Statistics compiled by the Government of India from the reports of provincial Civil Veterinary Departments
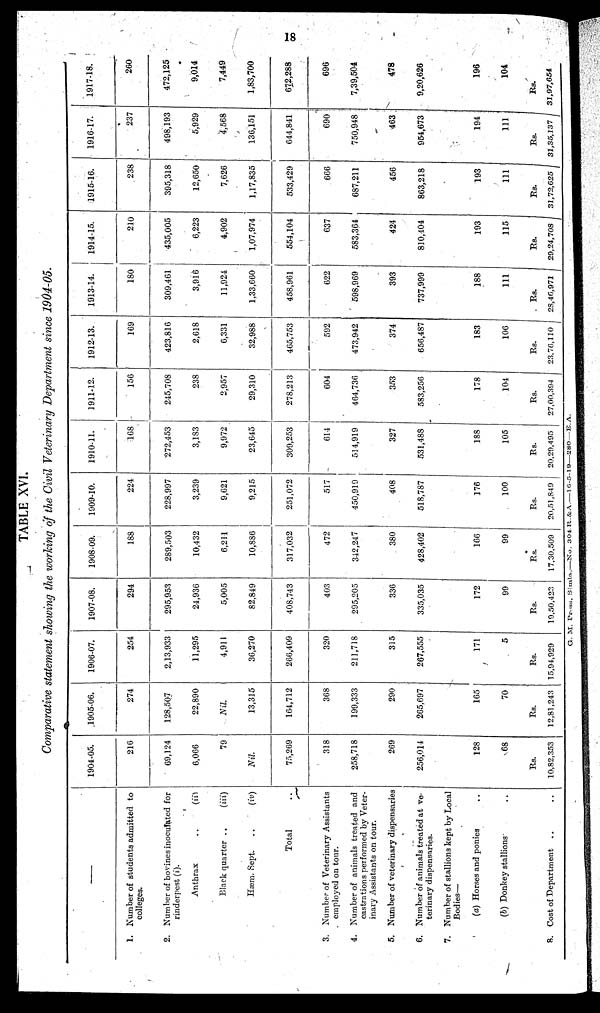
18
TABLE XVI.
Comparative statement showing the working of the Civil Veterinary Department since 1904-05.
1.
2.
3.
4.
5.
6.
7.
8.
Number of students admitted to
colleges.
Number of bovines inoculated for
rinderpest (i).
Anthrax
. .
(ii)
Black quarter ..
(iii)
Hæm. Sept.
..
(iv)
Total
Number of Veterinary Assistants
employed on tour.
Number of animals treated and
castrations performed by Veter-
inary Assistants on tour.
Number of veterinary dispensaries
Number of animals treated at ve-
terinary dispensaries.
Number of stallions kept by Local
Bodies—
(a) Horses and ponies ..
(b) Donkey stallions ..
Cost of Department .. ..
1904-05.
216
69,124
6,066
79
Nil
75,269
318
258,718
269
256,014
128
68
Rs.
10,82,353
1905-06.
274
128,507
22,890
Nil.
13,315
164,712
368
199,333
290
265,697
165
70
Rs.
12,81,243
1906-07.
254
2,13,933
11,295
4,911
36,270
266,409
320
211,718
315
267,555
171
5
Rs.
15,94,929
1907-08.
294
295,953
24,936
5,005
82,849
408,743
403
295,205
336
335,035
172
99
Rs.
19,50,422
1908-09.
188
289,503
10,432
6,211
10,886
317,032
472
342,247
380
428,402
166
99
Rs.
17,30,509
1909-10.
224
228,997
3,239
9,621
9,215
251,072
517
450,919
408
518,787
176
100
Rs.
20,51,849
1910-11.
168
272,453
3,183
9,972
23,645
309,253
614
514,919
327
531,488
188
105
Rs.
20,29,495
1911-12.
156
245,708
238
2,957
29,310
278,213
604
464,736
353
583,256
178
104
Rs.
27,00,394
1912-13.
169
423,816
2,618
6,331
32,988
465,753
592
473,942
374
656,487
183
106
Rs.
23,76,110
1913-14.
180
309,461
3,916
11,924
1,33,660
458,961
622
598,969
393
737,999
188
111
Rs.
28,46,971
1914-15.
210
435,005
6,223
4,902
1,07,974
554,104
637
583,364
424
810,404
193
115
Rs.
29,24,708
1915-16.
238
395,318
12,650
7,626
1,17,835
533,429
666
687,211
456
863,218
193
111
Rs.
31,72,625
1916-17.
237
498,193
5,929
4,568
136,151
644,841
690
750,948
463
954,673
194
111
Rs.
31,35,137
1917-18.
260
472,125
9,014
7,449
1,83,700
672,288
696
7,39,504
478
9,20,626
196
104
Rs.
31,97,654
G. M. Press, Simla.—No. 304 R. & A.—l6-5-19—280— E.A.